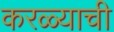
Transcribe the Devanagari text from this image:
करळ्याची